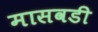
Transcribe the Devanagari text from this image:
मासवडी